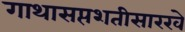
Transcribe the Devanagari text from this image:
गाथासप्तशतीसारखे